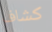
كشاف